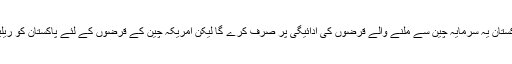
انہوں نے یہ شبہ ظاہر کیاتھا کہ پاکستان یہ سرمایہ چین سے ملنے والے قرضوں کی ادائیگی پر صرف کرے گا لیکن امریکہ چین کے قرضوں کے لئے پاکستان کو ریلیف دلوانے کی حمایت نہیں کرسکتا۔